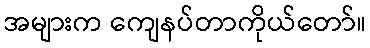
အများက ကျေနပ်တာကိုယ်တော်။